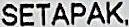
SETAPAK,